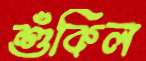
শুঁকিল